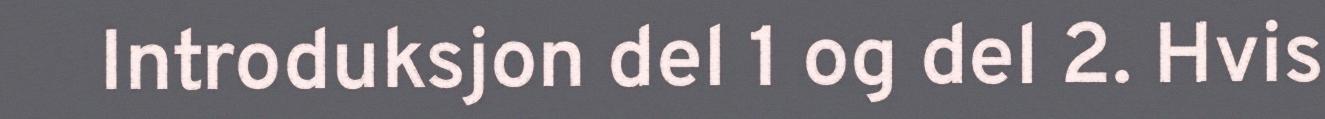
Introduksjon del 1 og del 2. Hvis